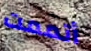
أتممت